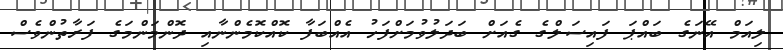
ލިއަމް އޭނަގެ ބައްޕަ ފައިސަލްގެ ގެއަށް ބަދަލުވުމަށްފަހު އެއްބަފާ ކޮއްކޮމެންނާއި ދޮންމަންމަގެ ފަރާތުންވެސް